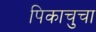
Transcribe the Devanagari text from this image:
पिकाचुचा